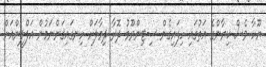
ޔޫހާ ވެސް ކިޔާންގެ އަތުގައި ހިފައިގެން ސިޓިންރޫމު ދޮރާ ދިމާލަށް ހިނގައިގަންނަމުން އަފްލީންއަށް